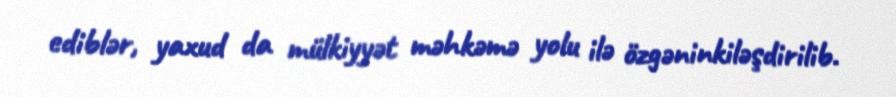
ediblər, yaxud da mülkiyyət məhkəmə yolu ilə özgəninkiləşdirilib.